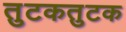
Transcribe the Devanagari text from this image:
तुटकतुटक